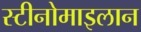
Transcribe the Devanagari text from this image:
स्टीनोमाइलान